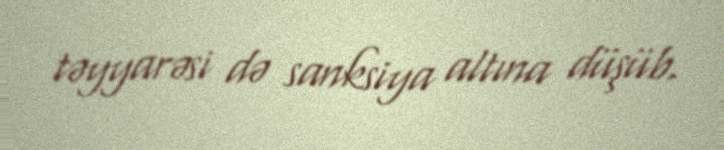
təyyarəsi də sanksiya altına düşüb.